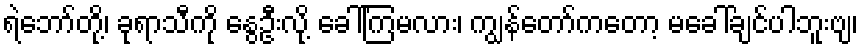
ရဲဘော်တို့၊ ခုရာသီကို နွေဦးလို့ ခေါ်ကြမလား၊ ကျွန်တော်ကတော့ မခေါ်ချင်ပါဘူးဗျ၊